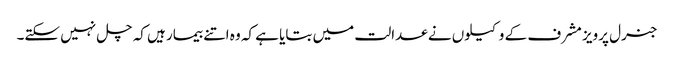
جنرل پرویز مشرف کے وکیلوں نے عدالت میں بتایا ہے کہ وہ اتنے بیمار ہیں کہ چل نہیں سکتے۔